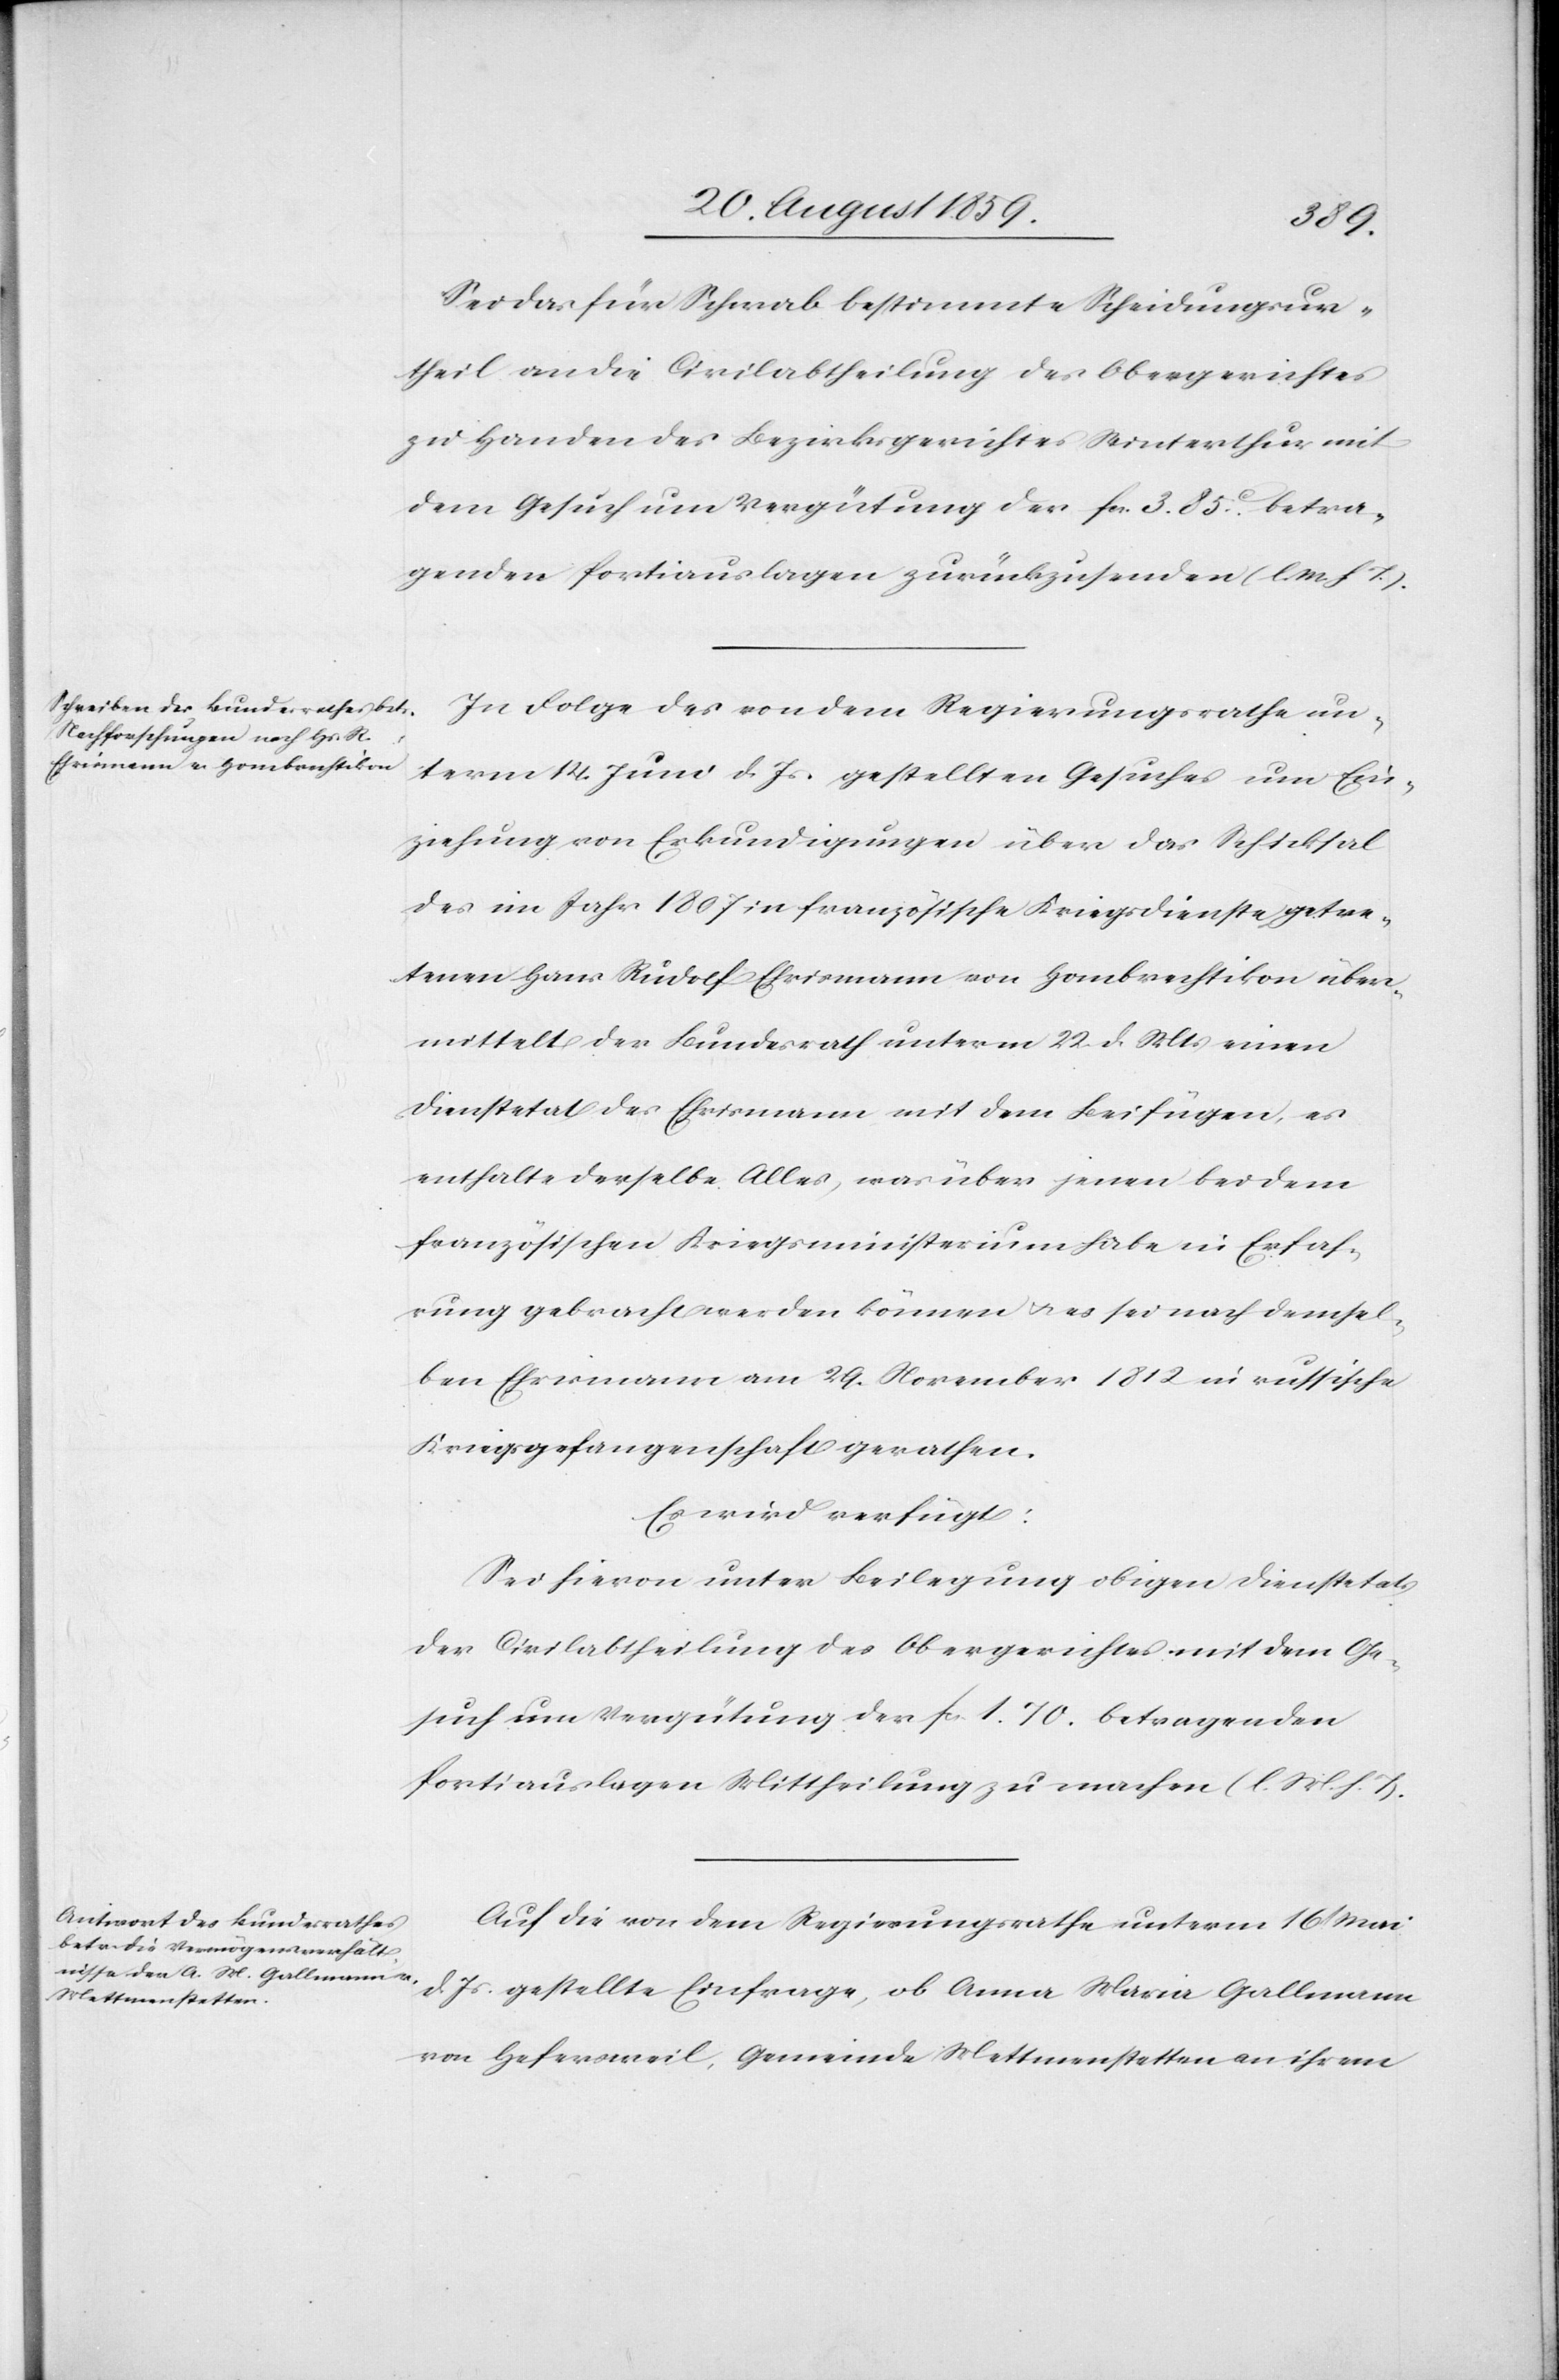
24. August 1859.]
Sei das für Schwab bestimmte Scheidungsur¬
theil an die Civilabtheilung des Obergerichtes
zu Handen des Bezirksgerichtes Winterthur mit
dem Gesuch um Vergütung der fcs. 3. 85c. betra¬
genden Portiauslagen zurückzusenden (l. M. h. T.).
In Folge des von dem Regierungsrathe un¬
term 14. Juni d. Js. gestellten Gesuches um Ein¬
ziehung von Erkundigungen über das Schicksal
des im Jahr 1807 in französische Kriegsdienste getre¬
tenen Hans Rudolf Ehrismann von Hombrechtikon über¬
mittelt der Bundesrath unterm 22. d. Mts. einen
Dienstetat des Ehrismann mit dem Beifügen, es
enthalte derselbe Alles, was über jenen bei dem
französischen Kriegsministerium habe in Erfah¬
rung gebracht werden können & es sei nach demsel¬
ben Ehrismann am 29. November 1812 in russische
Kriegsgefangenschaft gerathen.
Es wird verfügt:
Sei hievon unter Beilegung obigen Dienstetats
der Civilabtheilung des Obergerichtes mit dem Ge¬
such um Vergütung der fcs. 1. 70. betragenden
Portiauslagen Mittheilung zu machen (l. M. h. T.).
Auf die von dem Regierungsrathe unterm 16 Mai
d. Js. gestellte Einfrage, ob Anna Maria Gallmann
von Hefersweil, Gemeinde Mettmenstetten an ihrem